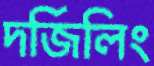
দর্জিলিং